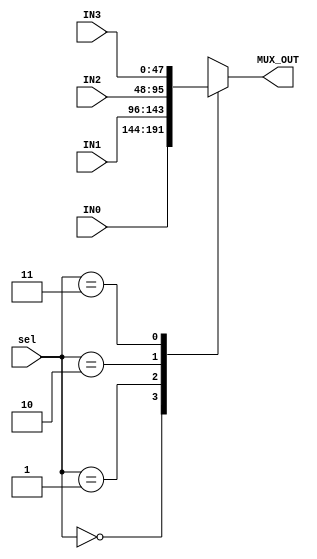
module FourToOne_mux #(parameter WIDTH = 48)
(
	input wire [WIDTH-1:0] IN0, IN1, IN2, IN3,
	input wire [1:0]		sel,
	output reg [WIDTH-1:0]	MUX_OUT
);

	always @(*) begin
		case (sel)
			2'b00 : MUX_OUT = IN0;
			2'b01 : MUX_OUT = IN1;
			2'b10 : MUX_OUT = IN2;
			2'b11 : MUX_OUT = IN3;
		endcase
	end
endmodule